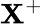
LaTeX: \mathbf{X}^{+}